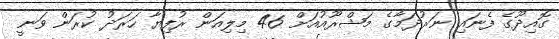
ގޮއިދޫގެ ފެނައި ނަރުދަމާގެ މަޝްރޫއުއަށް 46 މިލިއަން ރުފިޔާ ހަރަދު ކުރަން ވަނީ